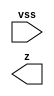
//#############################################################################
//# Function: Antenna Diode                                                   #
//# Copyright: OH Project Authors. ALl rights Reserved.                       #
//# License:  MIT (see LICENSE file in OH repository)                         #
//#############################################################################

module asic_antenna #(parameter PROP = "DEFAULT")   (
    input  vss,
    output z
    );

endmodule